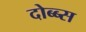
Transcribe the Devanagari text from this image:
दोब्ब्स